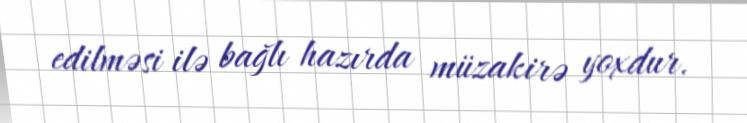
edilməsi ilə bağlı hazırda müzakirə yoxdur.